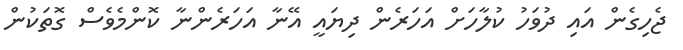
ޖެހިގެން އައި ދުވަހު ކުލާހަށް އަހަރެން ދިޔައީ އޭނާ އަހަރެންނާ ކޮންމެވެސް ގޮތަކުން